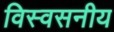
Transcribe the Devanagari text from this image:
विस्वसनीय